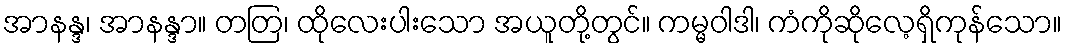
အာနန္ဒ၊ အာနန္ဒာ။ တတြ၊ ထိုလေးပါးသော အယူတို့တွင်။ ကမ္မဝါဒါ၊ ကံကိုဆိုလေ့ရှိကုန်သော။